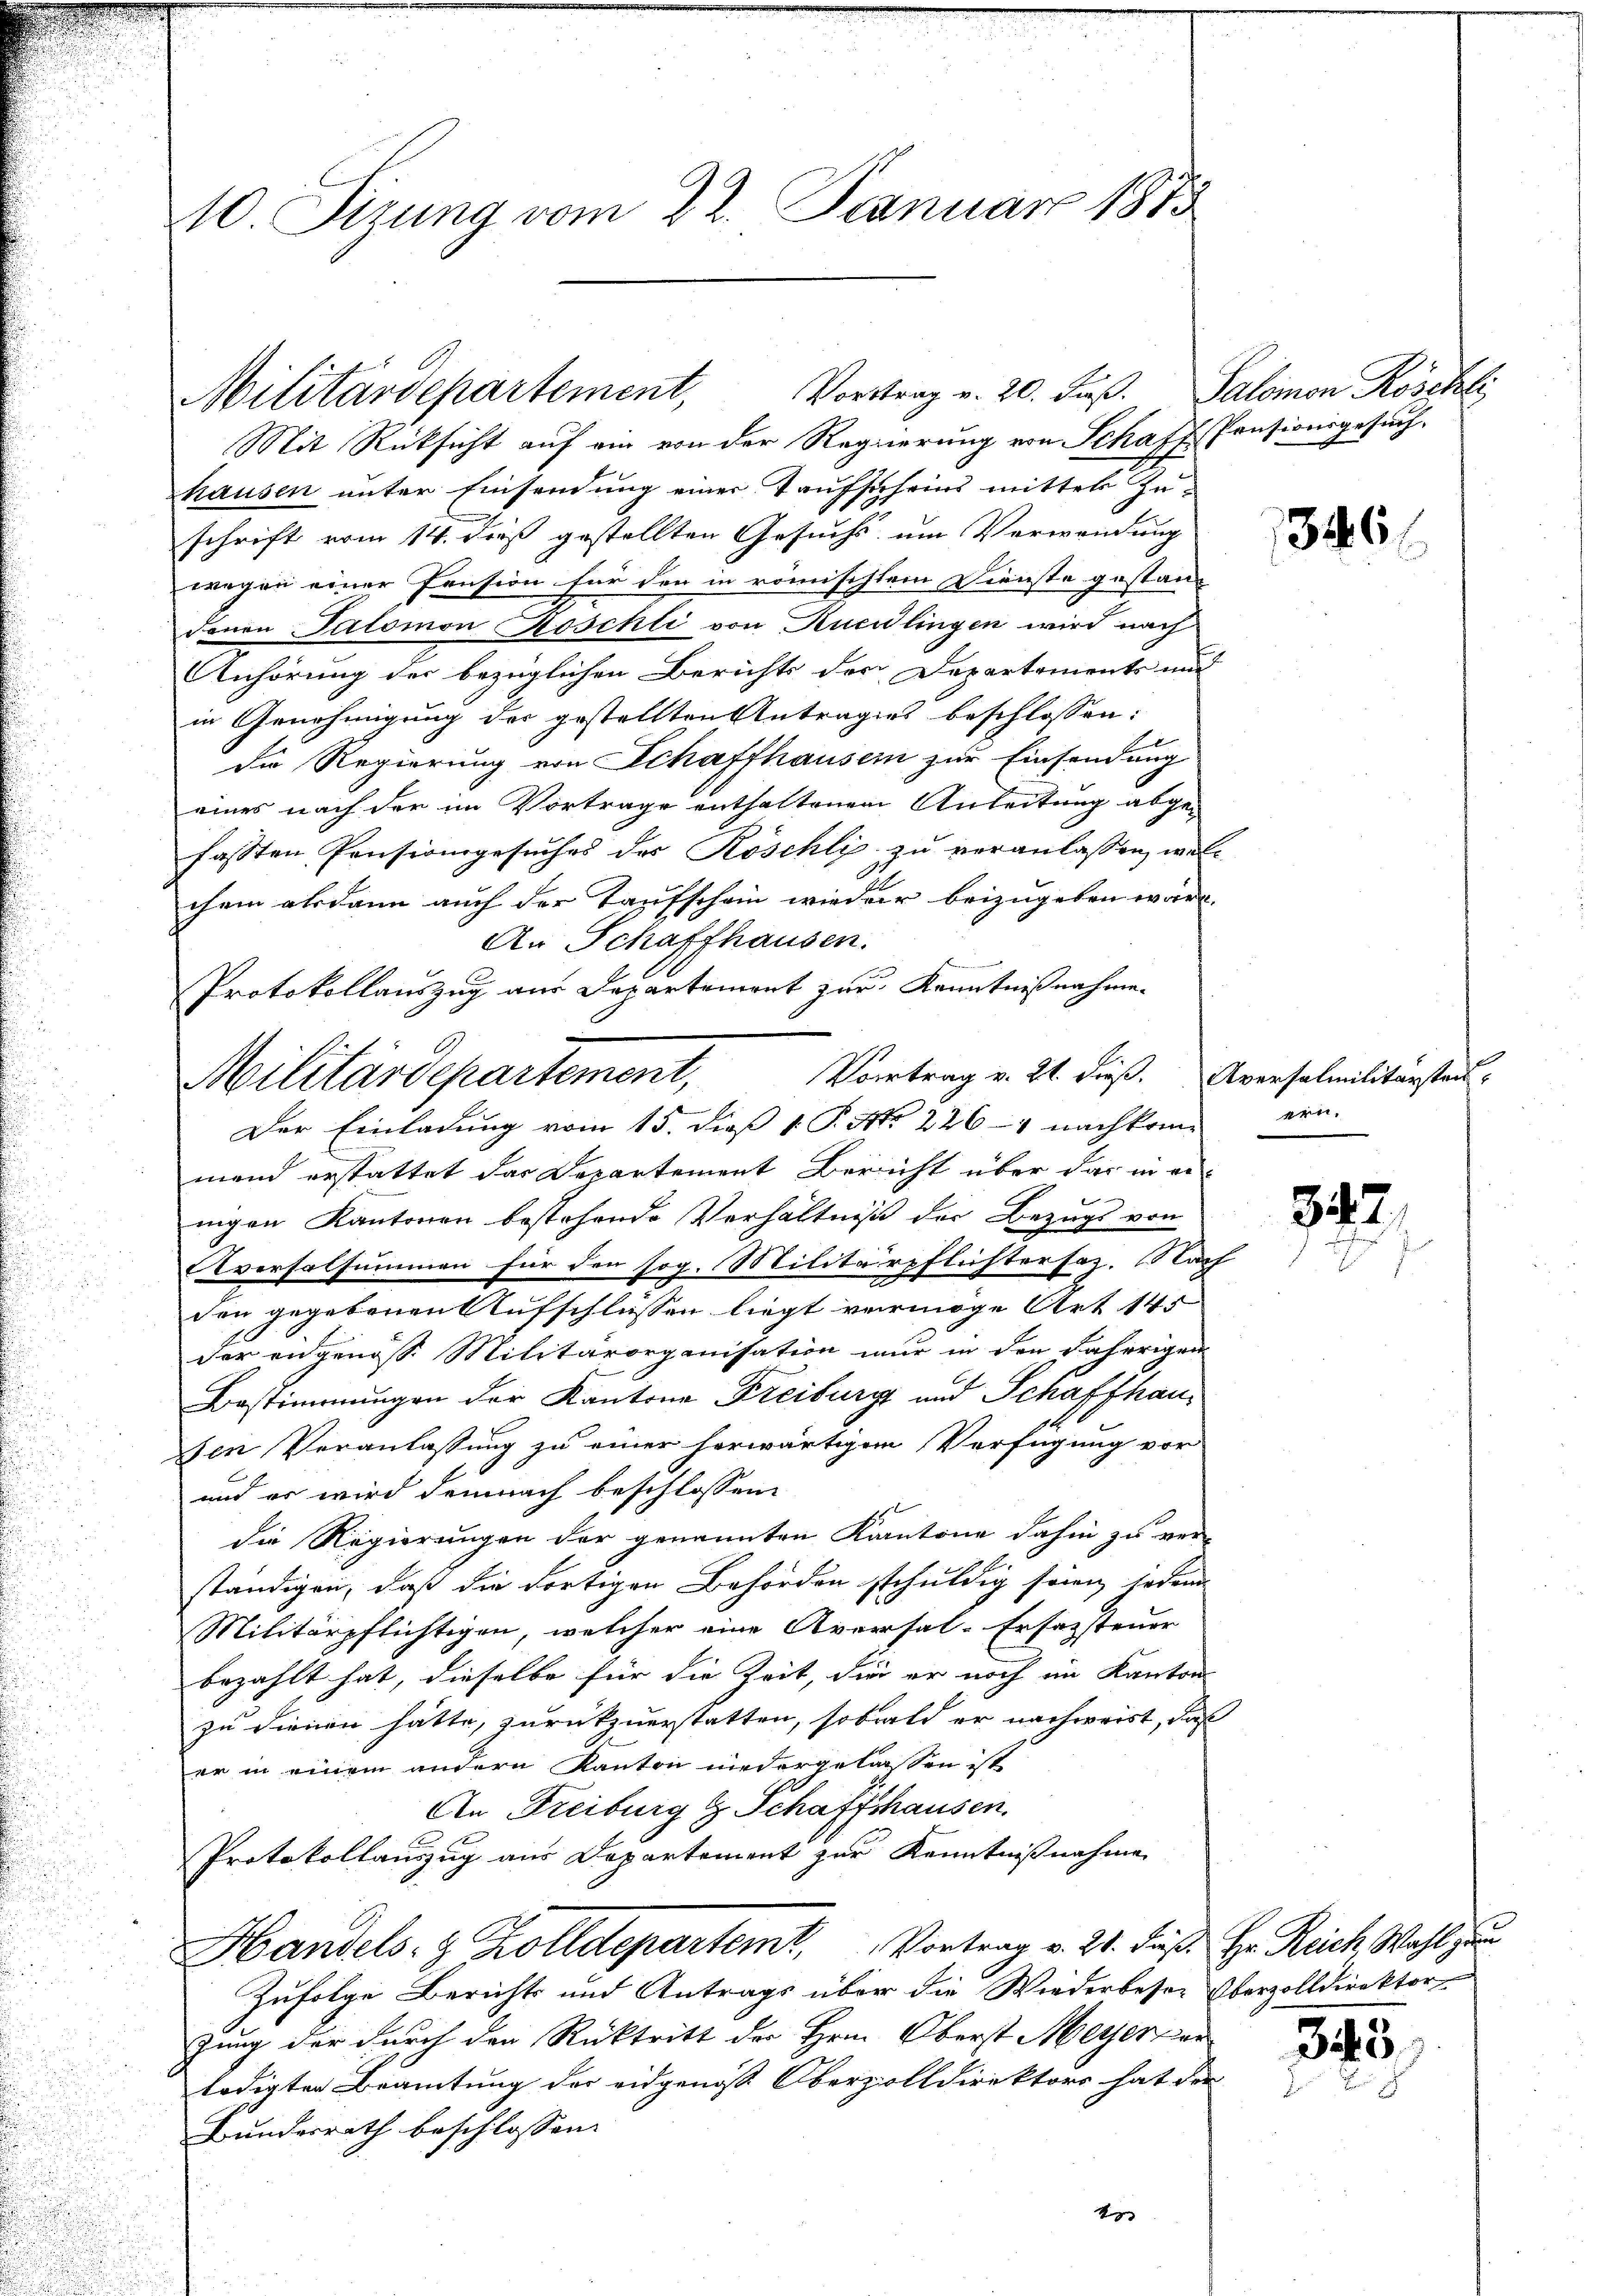
10. Sizung vom 22. Januar 1873

Mit Rücksicht auf ein von der Regierung von Schaff Pensionsgesuch,
hausen unter Einsendung einer Taufscheins mitter Zuschrift vom 14. dieß gestellten Gesuchs um Verwendung
wegen einer Pension für den in römischtem Dienste gestand
denen Salomon Koschli von Kueslingen wird nach
Anhörung der bezüglichen Berichts der Departements und
in Genehmigung des gestellten Antrages beschlossen:
die Regierung von Schaffhausern zur Einsendung
eines nach der im Vortrage enthaltenen Anleitung abge-
fassten Pensionsgesuches des Roschli zu veranlassen, welc
chem alsdann auch der Taufschein wieder beizugeben wäre.
Der Einladung vom 15. dieß 1. P. No. 226-4 nachkome ein-
mand erstattet das Departement Bericht über das in einigen Kantonen bestehende Verhältniß der Bezugs von
Eversalsummen für den sog. Militärpflichtersaz. Nach
den gegebenen Aufschlüssen liegt vermöge Art 145
der engenoss. Militärorganisation nur in den Fahrrigen
Bestimmungen der Kantone Freiburg und Schaffhau¬
Den Veranlassung zu einer herwärtigem Verfügung vor
und es wird demnach beschlossene
die Regierungen der genannten Kantone dahin zu ver-
ständigen, daß die dortigen Behörden schuldig seien, jedem
Militärpflichtigen, welcher eine Aversal-Ersazsteuer
bezahlt hat, dieselbe für die Zeit, die er noch im Kanton
zu dienen hätte, zurückzuerstatten, sobald er nachweist, daß
er in einem andern Kanton niedergelassen ist
An Freiburg & Schaffhausen.
Protokollauszug aus Departement zur Kenntnißnahme
Handels- & Zolldepartem Vortrag v. 21. dieß. Hr. Reich Wahl zum
Zufolge Berichts und Antrags über die Wiederbeser Oberzolldirektor
zung der durch den Rücktritt der Hrn. Oberst Meyer wer
ledigten Beamtung der eidgenoss Oberzolldirektors hat der
Bundesrath beschlossen:
x

Militärdepartement, Vortrag v. 20. Fuß. Salomon Röschli

An Schaffhausen.
Protokollauszug aus Departemont zur Kenntnißnahme.
Militärdepartement, Vortrag v. 21. dieß. Arenselmilitanstruk¬

346

347.
22

343.